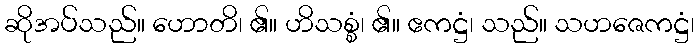
ဆိုအပ်သည်။ ဟောတိ၊ ၏။ ဟိသစ္စံ၊ ၏။ ဧကဋ္ဌံ၊ သည်။ သဟဇေကဋ္ဌံ၊